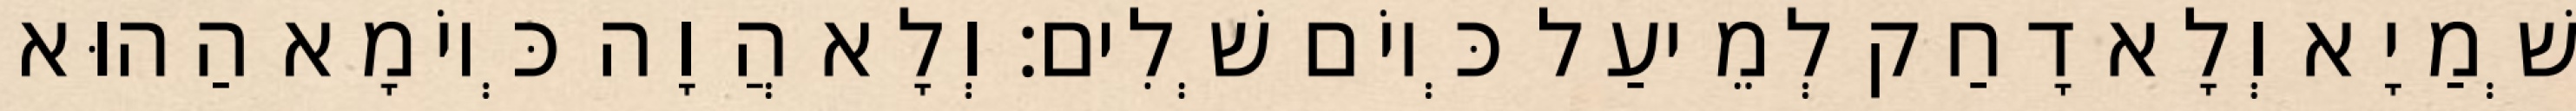
שְׁמַיָא וְלָא דָחַק לְמֵיעַל כְּיוֹם שְׁלִים׃ וְלָא הֲוָה כְּיוֹמָא הַהוּא